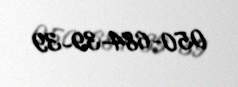
050-684-39-39